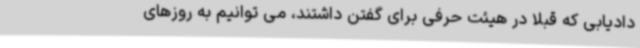
دادیابی که قبلا در هیئت حرفی برای گفتن داشتند، می توانیم به روزهای